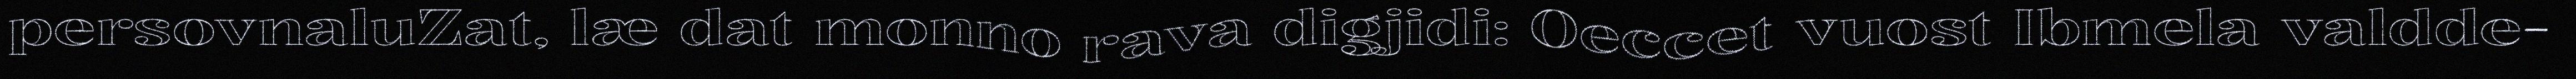
persovnaluZat, læ dat monno rava digjidi: Oeccet vuost Ibmela valdde-